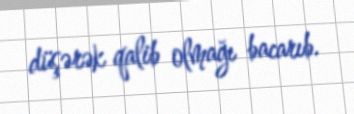
düşərək qalib olmağı bacarıb.